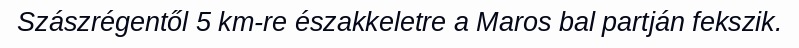
Szászrégentől 5 km-re északkeletre a Maros bal partján fekszik.